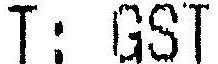
T: GST